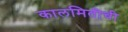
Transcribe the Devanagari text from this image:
कालमितीची